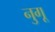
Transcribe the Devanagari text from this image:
नुगू